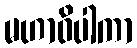
မဟာဝိပါကာ